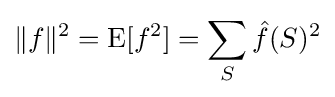
\|f\|^{2}=\operatorname {E} [f^{2}]=\sum _{S}{\hat {f}}(S)^{2}